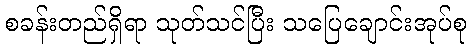
စခန်းတည်ရှိရာ သုတ်သင်ပြီး သပြေချောင်းအုပ်စု